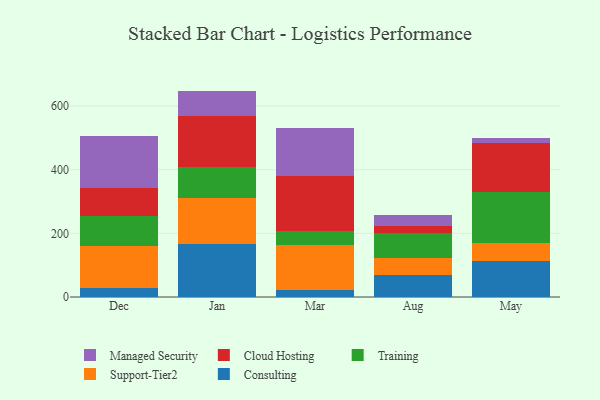
{"axis": {"x": "Month", "y": "Energy Usage (MWh)"}, "legend": ["Cloud Hosting", "Consulting", "Managed Security", "Support-Tier2", "Training"], "data": [{"x": "Dec", "y": 29.0, "type": "Consulting"}, {"x": "Dec", "y": 130.8, "type": "Support-Tier2"}, {"x": "Dec", "y": 95.7, "type": "Training"}, {"x": "Dec", "y": 87.3, "type": "Cloud Hosting"}, {"x": "Dec", "y": 163.6, "type": "Managed Security"}, {"x": "Jan", "y": 165.0, "type": "Consulting"}, {"x": "Jan", "y": 145.9, "type": "Support-Tier2"}, {"x": "Jan", "y": 96.1, "type": "Training"}, {"x": "Jan", "y": 161.4, "type": "Cloud Hosting"}, {"x": "Jan", "y": 79.4, "type": "Managed Security"}, {"x": "Mar", "y": 23.1, "type": "Consulting"}, {"x": "Mar", "y": 138.8, "type": "Support-Tier2"}, {"x": "Mar", "y": 45.8, "type": "Training"}, {"x": "Mar", "y": 171.6, "type": "Cloud Hosting"}, {"x": "Mar", "y": 153.1, "type": "Managed Security"}, {"x": "Aug", "y": 69.6, "type": "Consulting"}, {"x": "Aug", "y": 52.5, "type": "Support-Tier2"}, {"x": "Aug", "y": 80.2, "type": "Training"}, {"x": "Aug", "y": 19.6, "type": "Cloud Hosting"}, {"x": "Aug", "y": 34.6, "type": "Managed Security"}, {"x": "May", "y": 113.3, "type": "Consulting"}, {"x": "May", "y": 55.6, "type": "Support-Tier2"}, {"x": "May", "y": 162.2, "type": "Training"}, {"x": "May", "y": 153.1, "type": "Cloud Hosting"}, {"x": "May", "y": 16.0, "type": "Managed Security"}]}